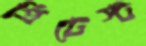
প্রিটেস্ট